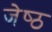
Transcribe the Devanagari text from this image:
जेष्‍ठ